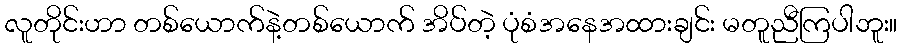
လူတိုင်းဟာ တစ်ယောက်နဲ့တစ်ယောက် အိပ်တဲ့ ပုံစံအနေအထားချင်း မတူညီကြပါဘူး။